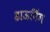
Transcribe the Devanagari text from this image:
डाऊनिंग